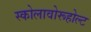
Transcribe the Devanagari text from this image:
स्कोलावोरूहोल्ट